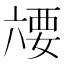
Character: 𰃥